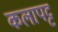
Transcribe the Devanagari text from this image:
कलापट्ट